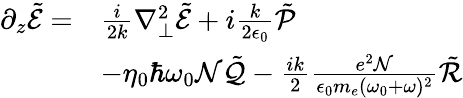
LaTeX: \begin{array}{rl}{\partial_{z}\tilde{\mathcal{E}}=}&{\frac{i}{2k}\nabla_{\perp}^{2}\tilde{\mathcal{E}}+i\frac{k}{2\epsilon_{0}}\tilde{\mathcal{P}}}\\ &{-\eta_{0}\hbar\omega_{0}\mathcal{N}\tilde{\mathcal{Q}}-\frac{ik}{2}\frac{e^{2}\mathcal{N}}{\epsilon_{0}m_{e}(\omega_{0}+\omega)^{2}}\tilde{\mathcal{R}}}\end{array}